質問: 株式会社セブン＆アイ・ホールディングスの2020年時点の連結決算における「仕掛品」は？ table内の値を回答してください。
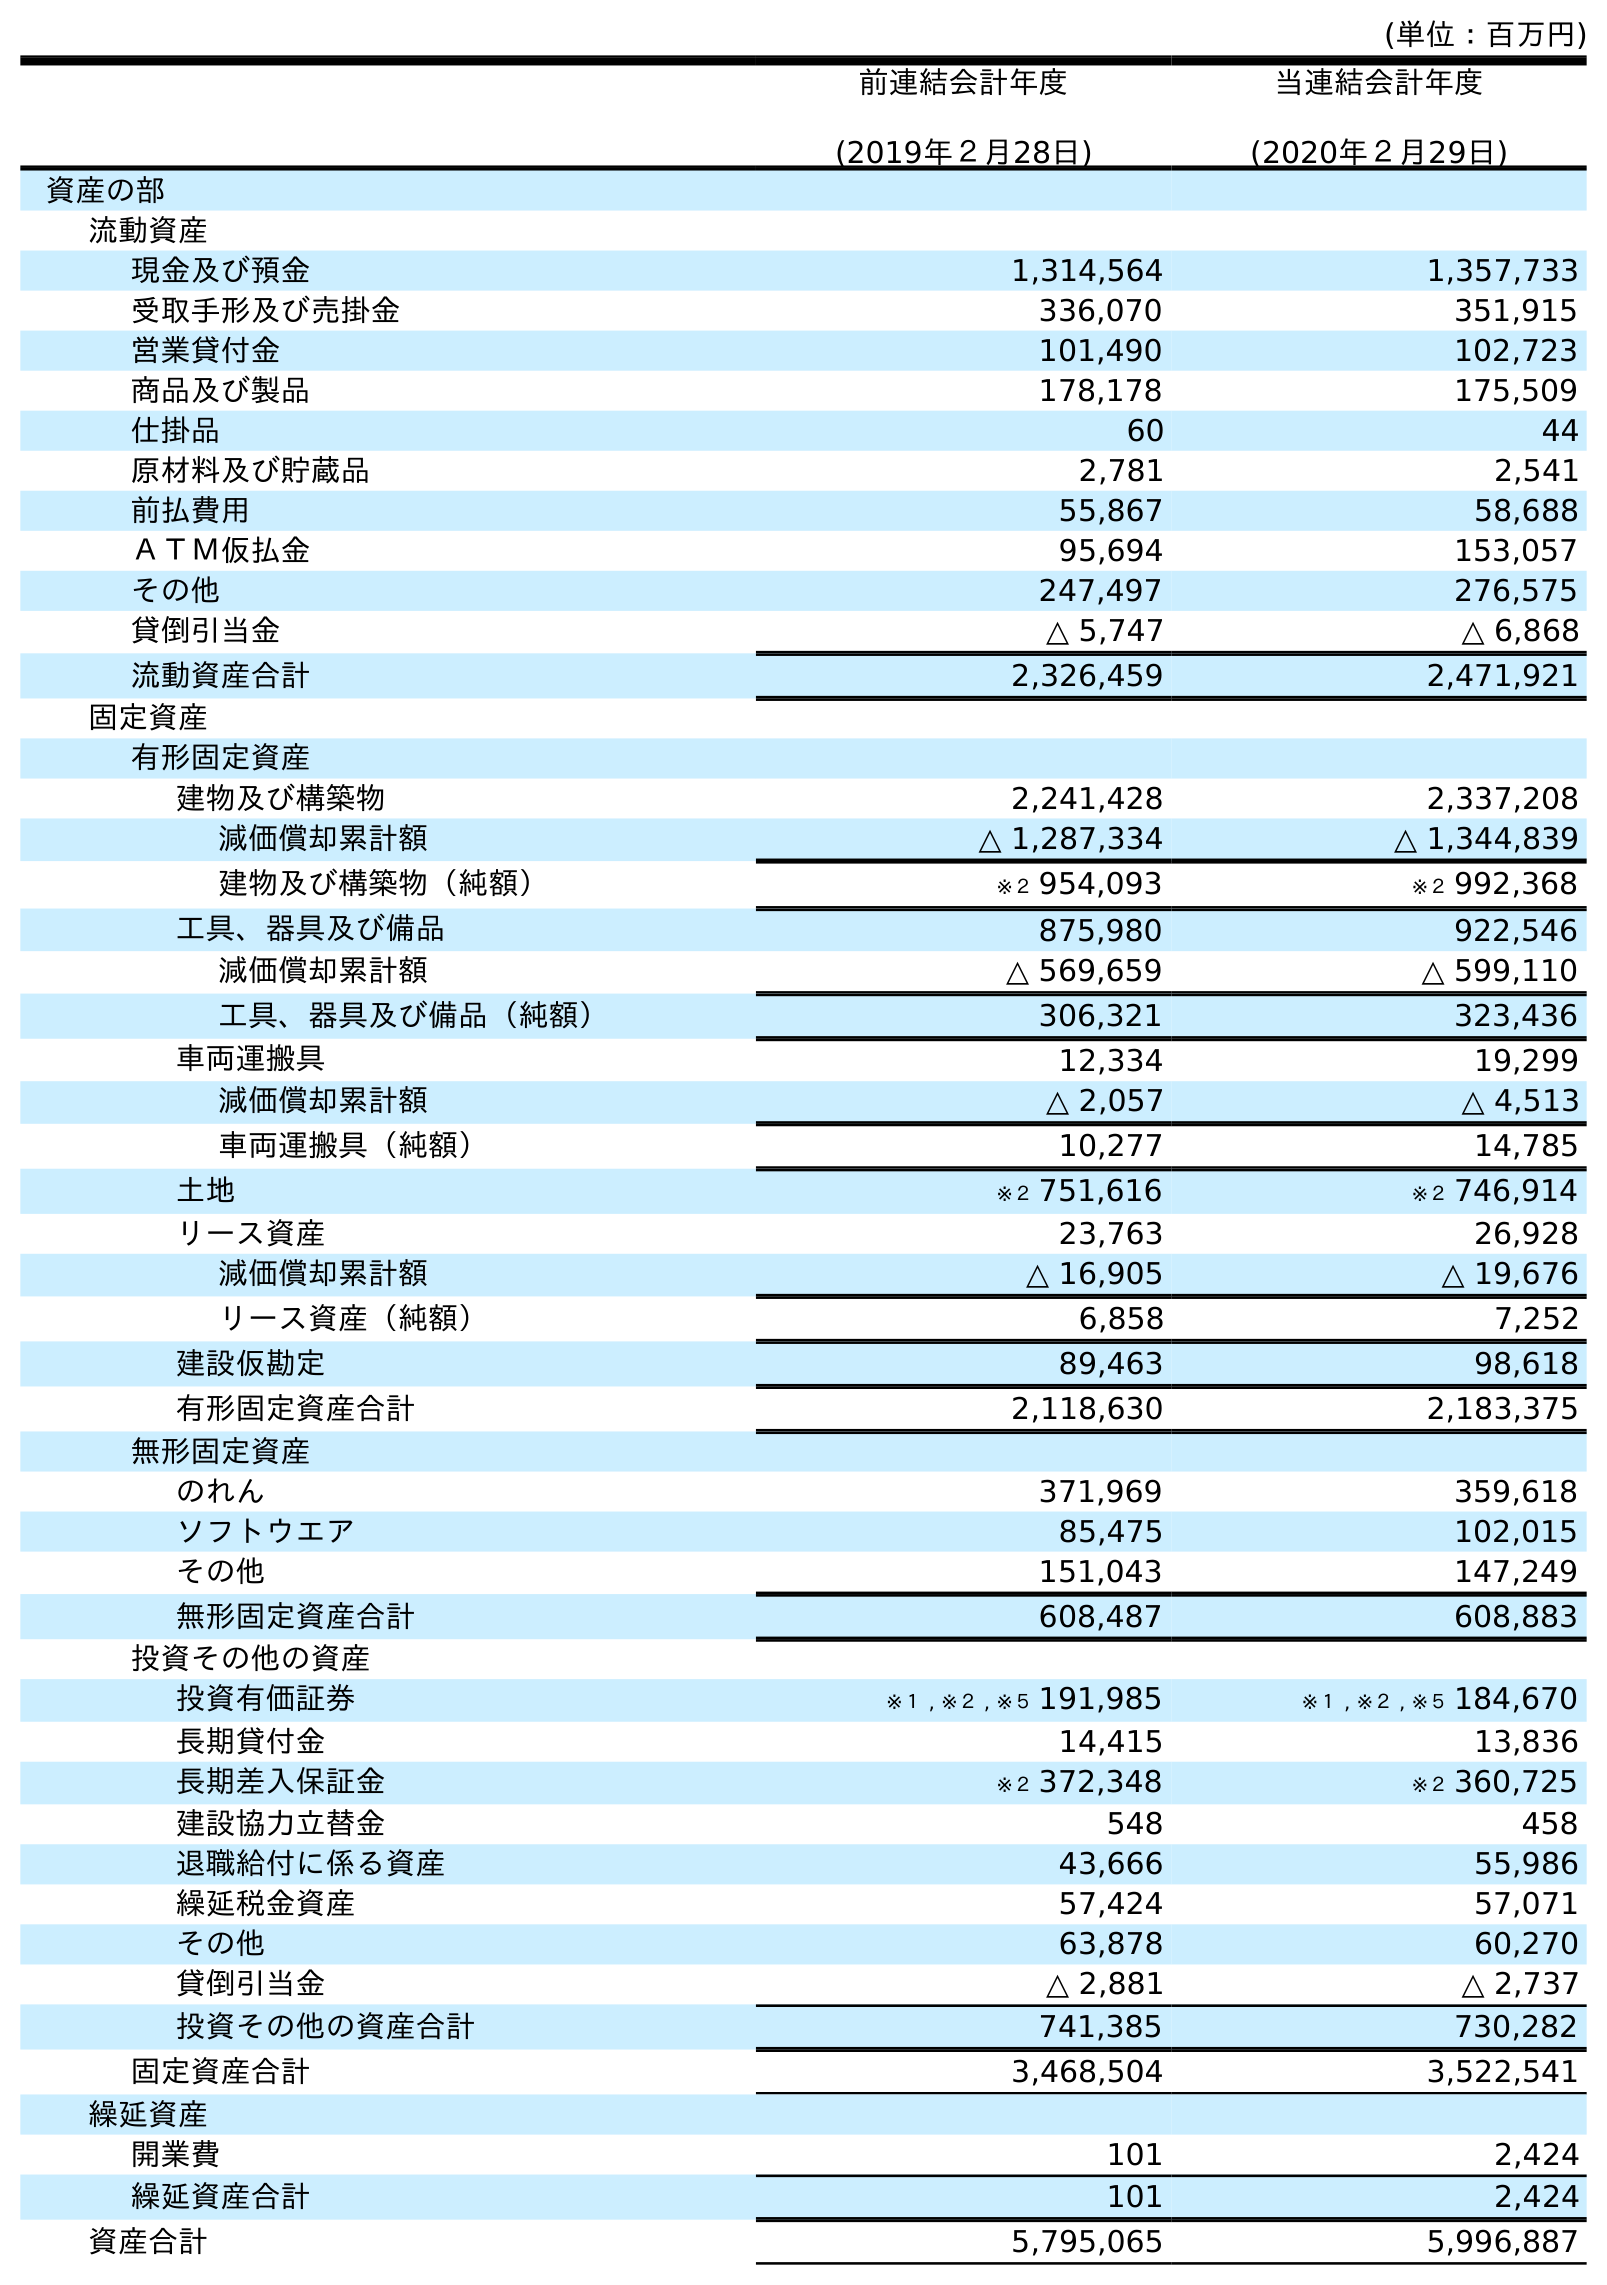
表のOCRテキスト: (単位：百万円) 前連結会計年度 (2019年２月28日) 当連結会計年度 (2020年２月29日) 資産の部 流動資産 現金及び預金 1,314,564 1,357,733 受取手形及び売掛金 336,070 351,915 営業貸付金 101,490 102,723 商品及び製品 178,178 175,509 仕掛品 60 44 原材料及び貯蔵品 2,781 2,541 前払費用 55,867 58,688 ＡＴＭ仮払金 95,694 153,057 その他 247,497 276,575 貸倒引当金 △ 5,747 △ 6,868 流動資産合計 2,326,459 2,471,921 固定資産 有形固定資産 建物及び構築物 2,241,428 2,337,208 減価償却累計額 △ 1,287,334 △ 1,344,839 建物及び構築物（純額） ※２ 954,093 ※２ 992,368 工具、器具及び備品 875,980 922,546 減価償却累計額 △ 569,659 △ 599,110 工具、器具及び備品（純額） 306,321 323,436 車両運搬具 12,334 19,299 減価償却累計額 △ 2,057 △ 4,513 車両運搬具（純額） 10,277 14,785 土地 ※２ 751,616 ※２ 746,914 リース資産 23,763 26,928 減価償却累計額 △ 16,905 △ 19,676 リース資産（純額） 6,858 7,252 建設仮勘定 89,463 98,618 有形固定資産合計 2,118,630 2,183,375 無形固定資産 のれん 371,969 359,618 ソフトウエア 85,475 102,015 その他 151,043 147,249 無形固定資産合計 608,487 608,883 投資その他の資産 投資有価証券 ※１ , ※２ , ※５ 191,985 ※１ , ※２ , ※５ 184,670 長期貸付金 14,415 13,836 長期差入保証金 ※２ 372,348 ※２ 360,725 建設協力立替金 548 458 退職給付に係る資産 43,666 55,986 繰延税金資産 57,424 57,071 その他 63,878 60,270 貸倒引当金 △ 2,881 △ 2,737 投資その他の資産合計 741,385 730,282 固定資産合計 3,468,504 3,522,541 繰延資産 開業費 101 2,424 繰延資産合計 101 2,424 資産合計 5,795,065 5,996,887
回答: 44